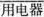
[用电器」